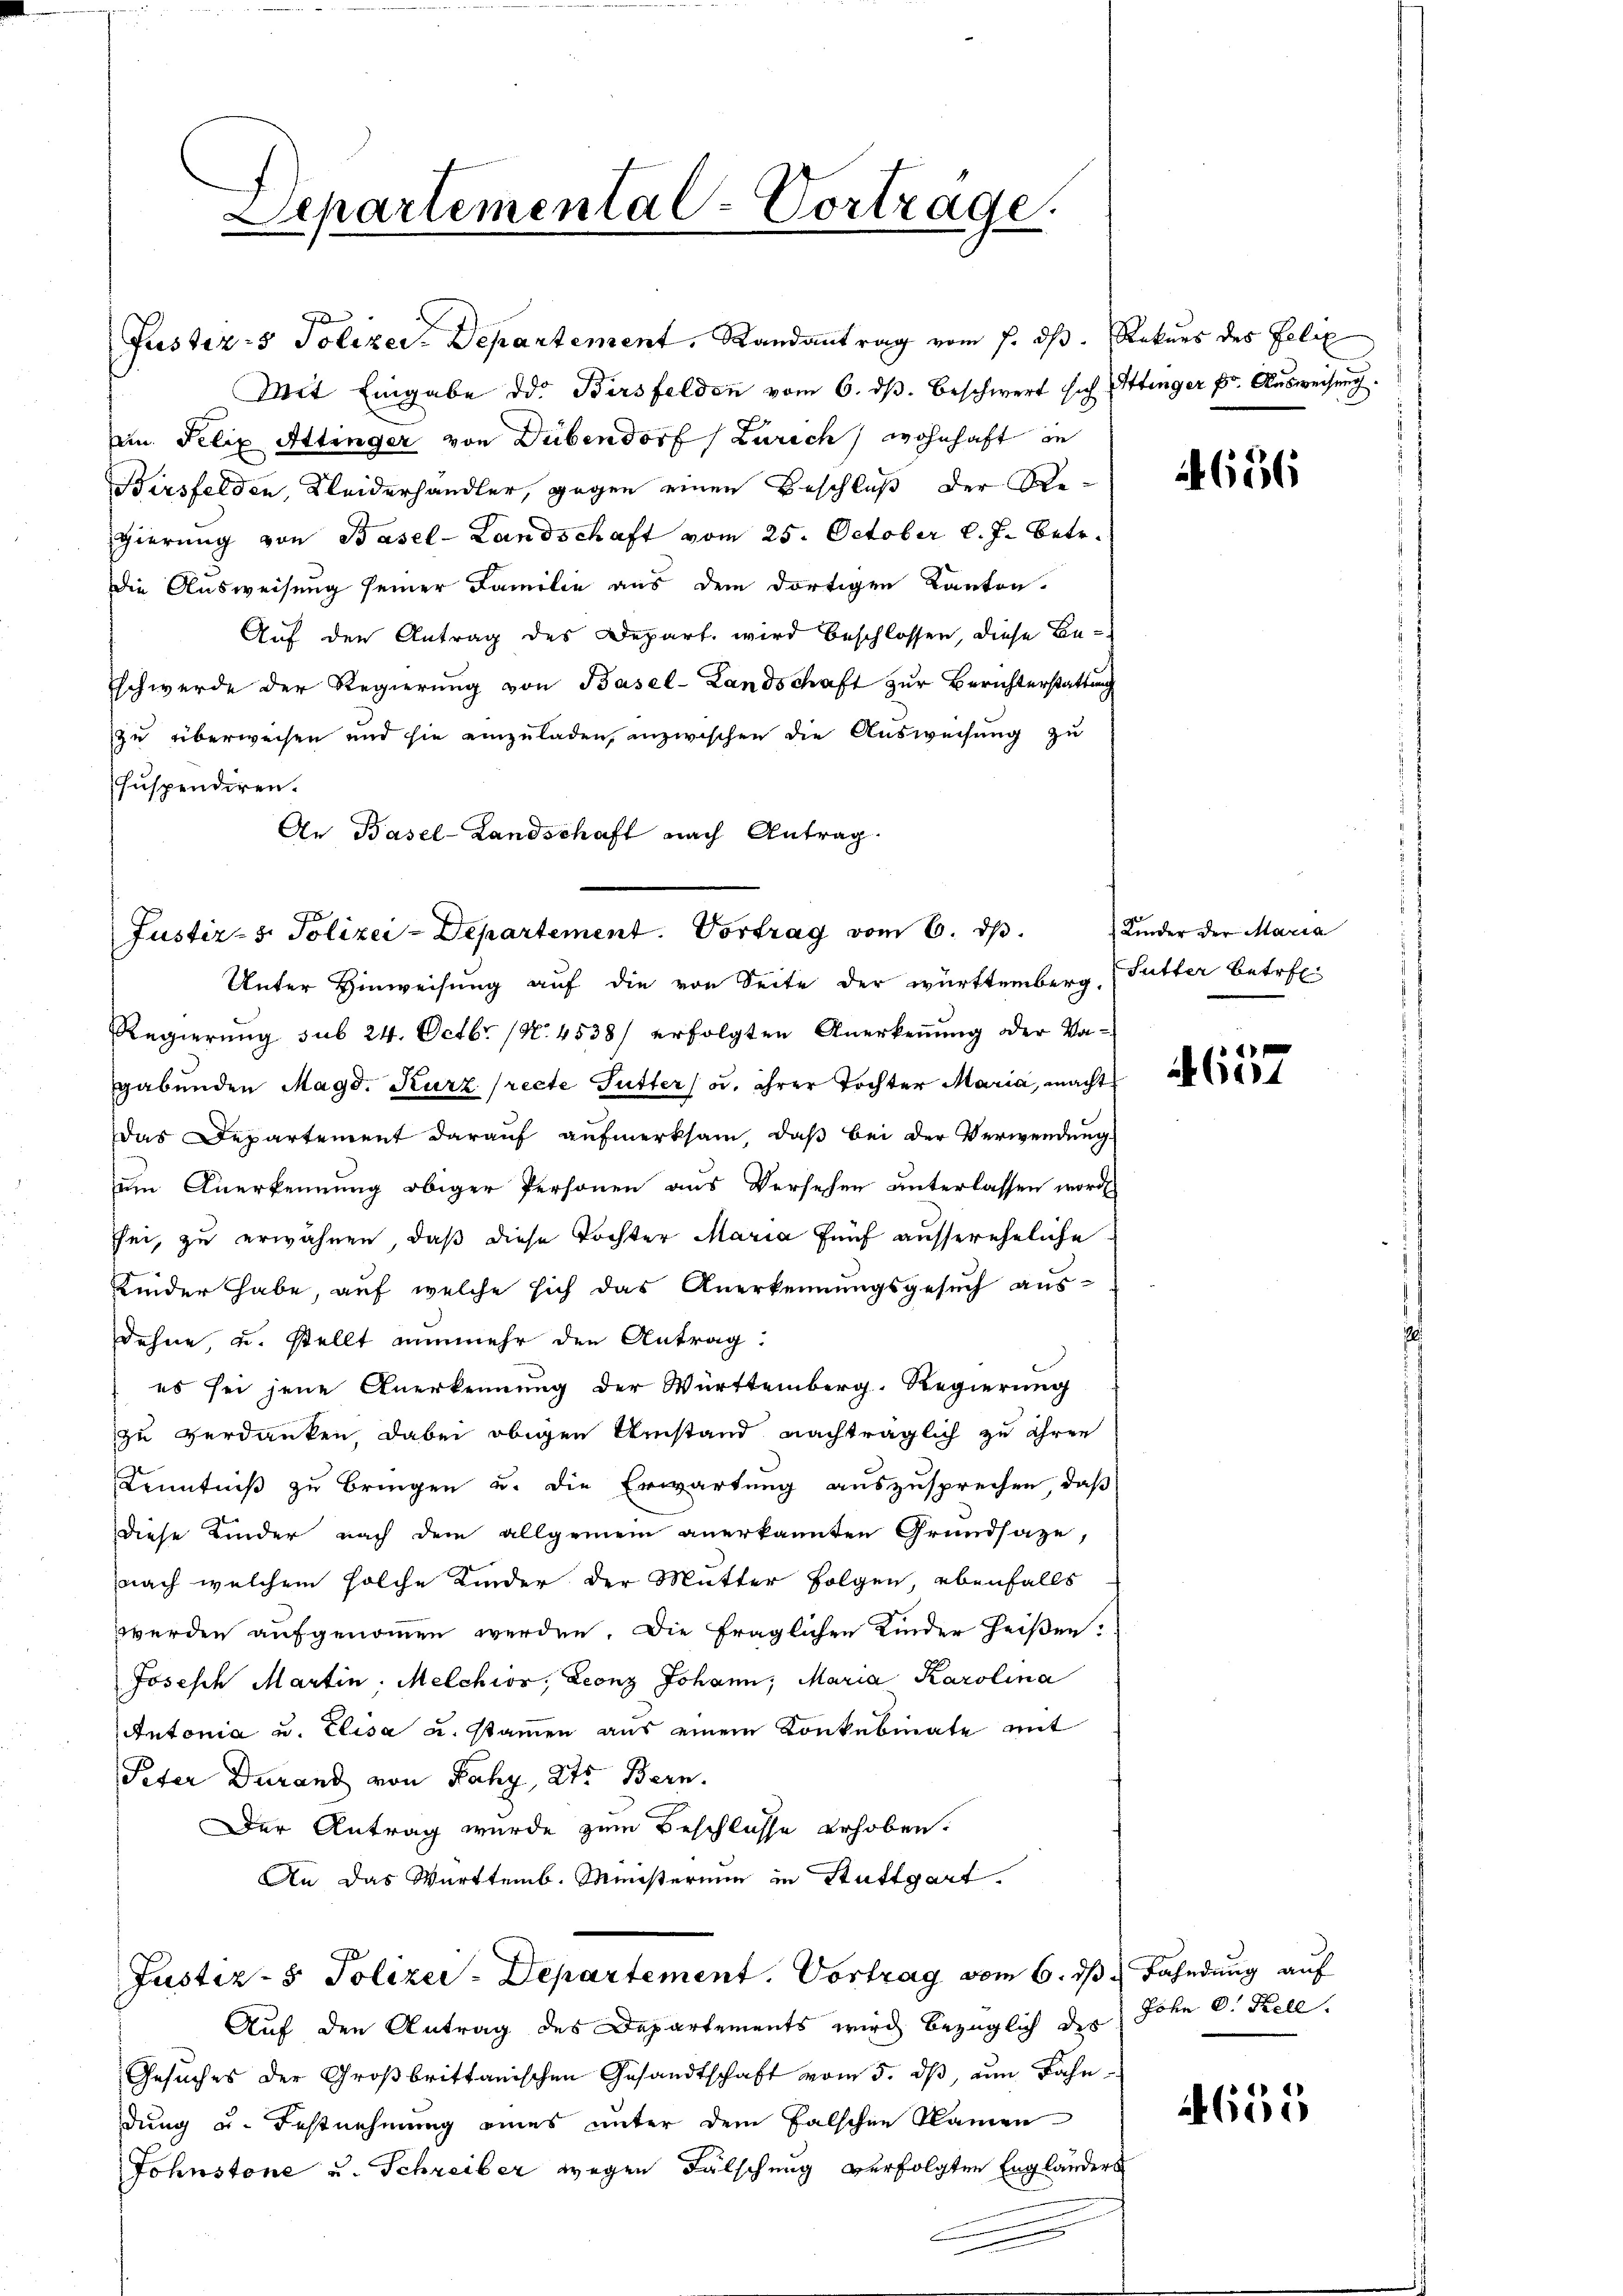
Justiz- & Polizey-Departement, Randantrag vom 1. ds. Rekurs des Felix
Mit Eingabe dd. Bersfelden vom 6. dβ beschwert sich Ettinger Dr. Ausweisung.
Ein Felix Attinger von Dübendorf (Zürich, wohnhaft in
Birsfelden, Kleiderhandler, gegen einen Beschluß der Regierung von Basel-Landschaft vom 25. October l. J. betr.
Die Ausweisung seiner Familie aus dem dortigen Kanton.
Auf den Antrag des Depart wird beschlossen, diese Beschwerde der Regierung von Basel-Landschaft zur Berichterstattung
zu überweisen und sie einzuladen, inzwischen die Ausweisung zu
suspendiren.
An Basel-Landschaft nach Antrag.
Justiz- & Polizei-Departement. Vortrag vom 6. dβ.
Unter Hinweisung auf die von Seite der württemberg, Futter betref¬
Regierŭng sub 24. Octbr. (N. 4538) erfolgten Anerkeṅŭng oder Va-
gabunden Magd. Kurz (recte Futter) u. ihrer Tochter Maria, macht
das Departement darauf aufmerksam, daß bei der Verwendung
um Anerkennung obiger Personen aus Versehen unterlassen worde
sei, zu erwähnen, daß diese Tochter Maria fünf aussereheliche
Kinder habe, auf welche sich das Anerkennungsgesuch ausdehne, u. stellt nunmehr den Antrag.
es sei jene Anerkennung der Württemberg. Regierung
zu verdanken, dabei obigen Umstand nachträglich zu ihren
Kenntniß zu bringen u. die Erwartung auszusprechen, daß
diese Kinder nach dem allgemein anerkannten Grundsaze,
nach welchem solche Kinder der Mutter Folgen, ebenfalls
werden aufgenommen werden. Die fraglichen Kinder heißen:
Joseph Martin: Melchior, Leonz Johann, Maria Karolina
Antonia u. Elisa u. stammen aus einem Konkubinate mit
Peter Duranz von Fahr, 245 Bern.
Der Antrag wurde zum Beschlusse erhoben.
An das Württemb. Ministerium in Stuttgart.
Justiz- & Polizei-Departement. Vortrag vom 6. ds Fahndung auf
Auf den Antrag des Departements wird bezüglich der Sohn C. Kell
Gesuches der Großbrittanischen Gesandtschaft vom 5. ds, um Bahndung u. Festnehmung eines unter dem falschen Namen
Johnstone u. Schreiber wegen Fälschung verfolgten Engländers

Separtemental-Vorträge.

656.

Kinder der Maria

1
604

0
605